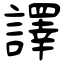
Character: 譯